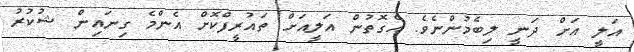
އަލީ އަށް ދަނީ ލިބެމުންނެވެ. އެގޮތުން އަލީއަށް ތައުރީފްކޮށް އެންމެ ގިނައިން ޝުކުރު